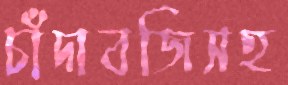
চাঁদাবজিসহ